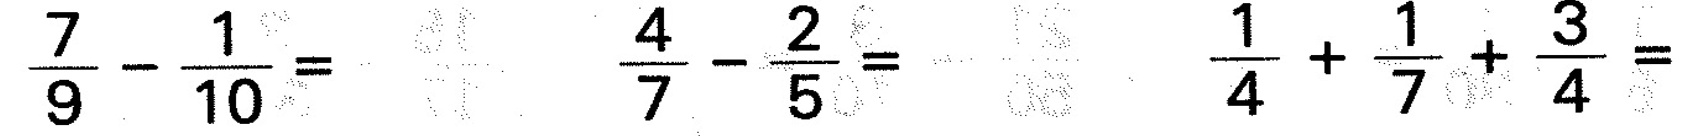
$$\frac { 7 } { 9 } - \frac { 1 } { 1 0 } =$$ $$\frac { 4 } { 7 } - \frac { 2 } { 5 } =$$ $$\frac { 1 } { 4 } + \frac { 1 } { 7 } + \frac { 3 } { 4 } =$$